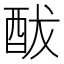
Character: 䣮